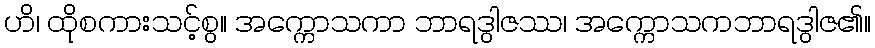
ဟိ၊ ထိုစကားသင့်စွ။ အက္ကောသကာ ဘာရဒွါဇဿ၊ အက္ကောသကဘာရဒွါဇ၏။